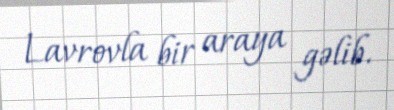
Lavrovla bir araya gəlib.